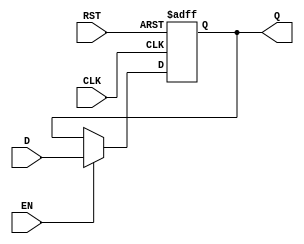
module DataRegister #(
    parameter WIDTH = 8  // Parameter to define the width of the register
)(
    input  wire [WIDTH-1:0] D,   // Data input
    input  wire CLK,              // Clock signal
    input  wire RST,              // Asynchronous reset
    input  wire EN,               // Enable signal
    output reg  [WIDTH-1:0] Q     // Data output
);

    // Always block triggered by the clock and reset signals
    always @(posedge CLK or posedge RST) begin
        if (RST) begin
            Q <= {WIDTH{1'b0}};  // Clear the register (set to zero)
        end else if (EN) begin
            Q <= D;              // Capture the input data on clock edge if enabled
        end
    end

endmodule